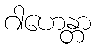
ဂါဟေန္တာ